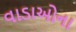
વાડાઓના